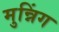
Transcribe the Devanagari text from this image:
मुन्निंग